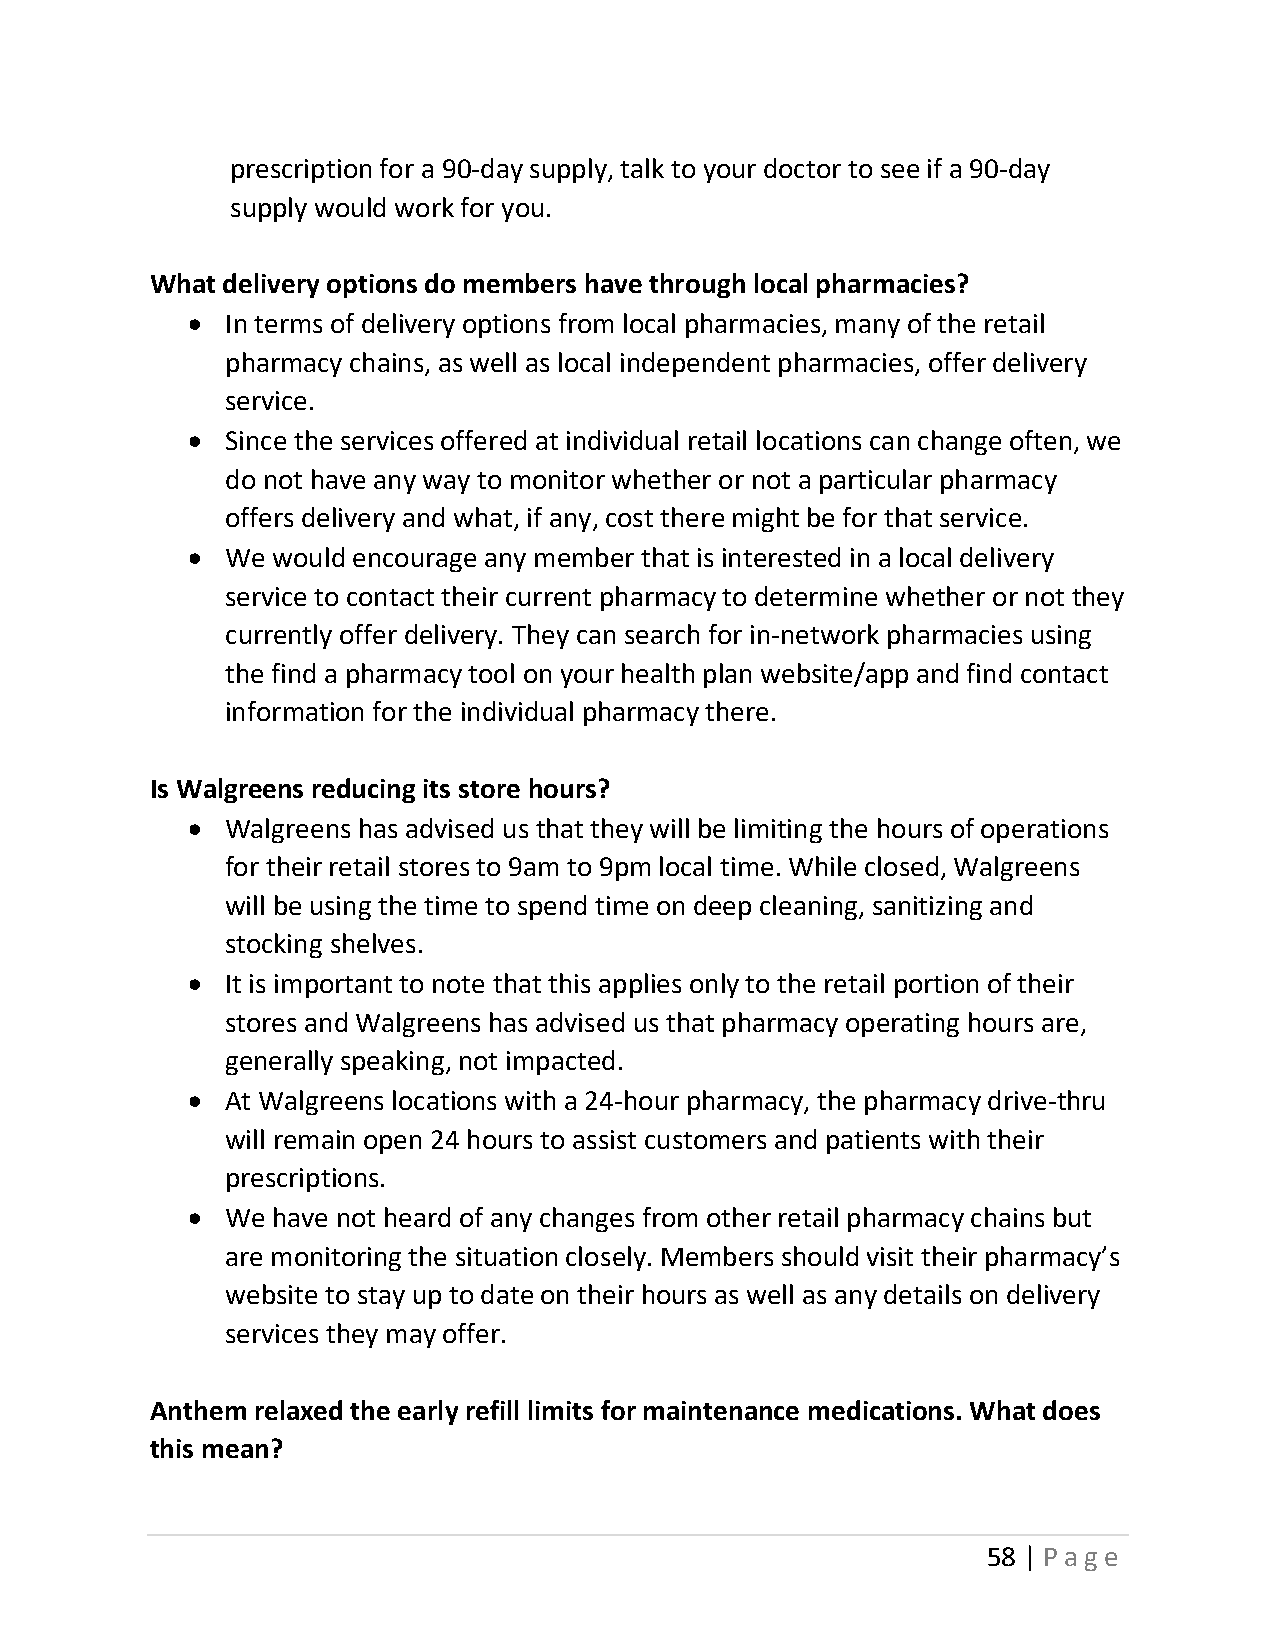
prescription for a 90-day supply, talk to your doctor to see if a 90-day
 supply would work for you.
 What delivery options do members have through local pharmacies?
 •  In terms of delivery options from local pharmacies, many of the retail
 pharmacy chains, as well as local independent pharmacies, offer delivery
 service.
 •  Since the services offered at individual retail locations can change often, we
 do not have any way to monitor whether or not a particular pharmacy
 offers delivery and what, if any, cost there might be for that service.
 •  We would encourage any member that is interested in a local delivery
 service to contact their current pharmacy to determine whether or not they
 currently offer delivery. They can search for in-network pharmacies using
 the find a pharmacy tool on your health plan website/app and find contact
 information for the individual pharmacy there.
 Is Walgreens reducing its store hours?
 •  Walgreens has advised us that they will be limiting the hours of operations
 for their retail stores to 9am to 9pm local time. While closed, Walgreens
 will be using the time to spend time on deep cleaning, sanitizing and
 stocking shelves.
 •  It is important to note that this applies only to the retail portion of their
 stores and Walgreens has advised us that pharmacy operating hours are,
 generally speaking, not impacted.
 •  At Walgreens locations with a 24-hour pharmacy, the pharmacy drive-thru
 will remain open 24 hours to assist customers and patients with their
 prescriptions.
 •  We have not heard of any changes from other retail pharmacy chains but
 are monitoring the situation closely. Members should visit their pharmacy’s
 website to stay up to date on their hours as well as any details on delivery
 services they may offer.
 Anthem relaxed the early refill limits for maintenance medications. What does
 this mean?
 58 | Page